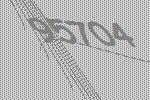
95704